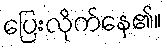
ပြေးလိုက်နေ၏။